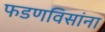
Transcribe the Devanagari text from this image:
फडणविसांना